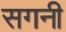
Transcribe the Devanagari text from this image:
सगनी